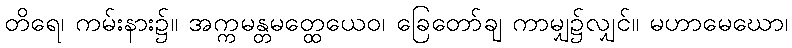
တိရေ၊ ကမ်းနား၌။ အက္ကမန္တမတ္ထေယေဝ၊ ခြေတော်ချ ကာမျှ၌လျှင်။ မဟာမေဃော၊